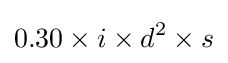
0.30\times i\times d^{2}\times s